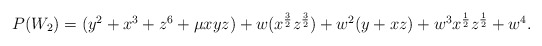
\begin{align*}\begin {array}{lcr} P(W_2)= (y^2+x^3+z^6+ \mu xyz)+ w(x ^{{3\over 2}}z^{{3\over 2}})+w^2(y+xz) +w^3 x ^{{1\over2}}z^{{1\over 2}}+w^4. \end{array}\end{align*}